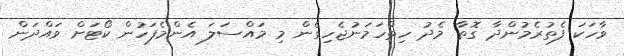
ވާހަކަ ފެތުރެމުންދާ ގޮތާ މެދު ހިތްހަމަނުޖެހިގެން މި މައްސަލަ އެންމެފަހުން ކޯޓަށް ވައްދަން